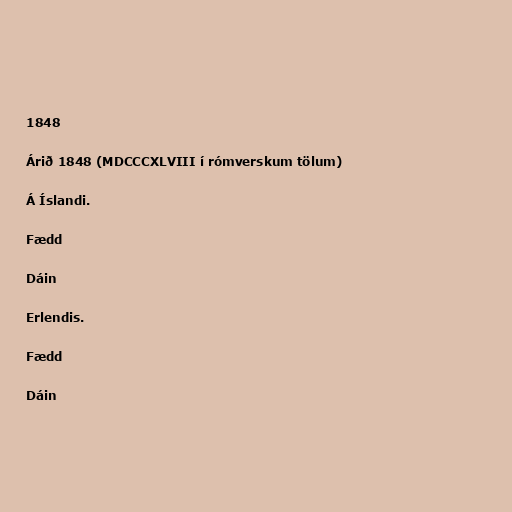
1848

Árið 1848 (MDCCCXLVIII í rómverskum tölum)

Á Íslandi.

Fædd

Dáin

Erlendis.

Fædd

Dáin